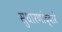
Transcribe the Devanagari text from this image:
सुधारणांद्वारे